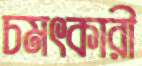
চমৎকারী